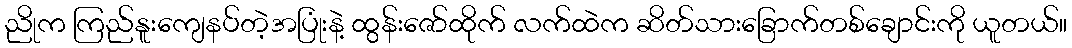
ညိုက ကြည်နူးကျေနပ်တဲ့အပြုံးနဲ့ ထွန်းဇော်ထိုက် လက်ထဲက ဆိတ်သားခြောက်တစ်ချောင်းကို ယူတယ်။